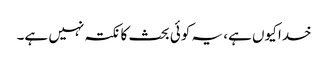
خدا کیوں ہے، یہ کوئی بحث کا نکتہ نہیں ہے۔